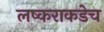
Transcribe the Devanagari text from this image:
लष्कराकडेच